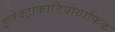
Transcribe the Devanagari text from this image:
इलेक्ट्रोकार्डियोग्राफिक